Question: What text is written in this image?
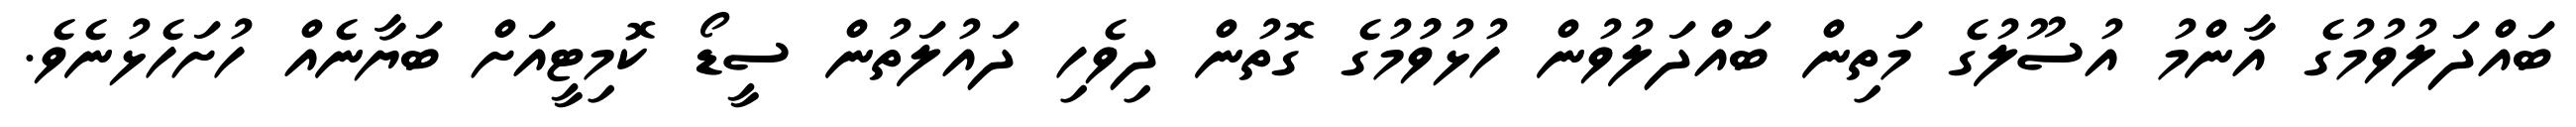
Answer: ބައްދަލުވުމުގެ އާންމު އުސޫލުގެ މަތިން ބައްދަލުވުން ހުޅުވުުމުގެ ގޮތުން ދިވެހި ދައުލަތުން ސީޑޯ ކޮމިޓީއަށް ބަޔާނެއް ހުށަހެޅުނެވެ.